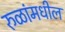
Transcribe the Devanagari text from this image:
रुळांमधील